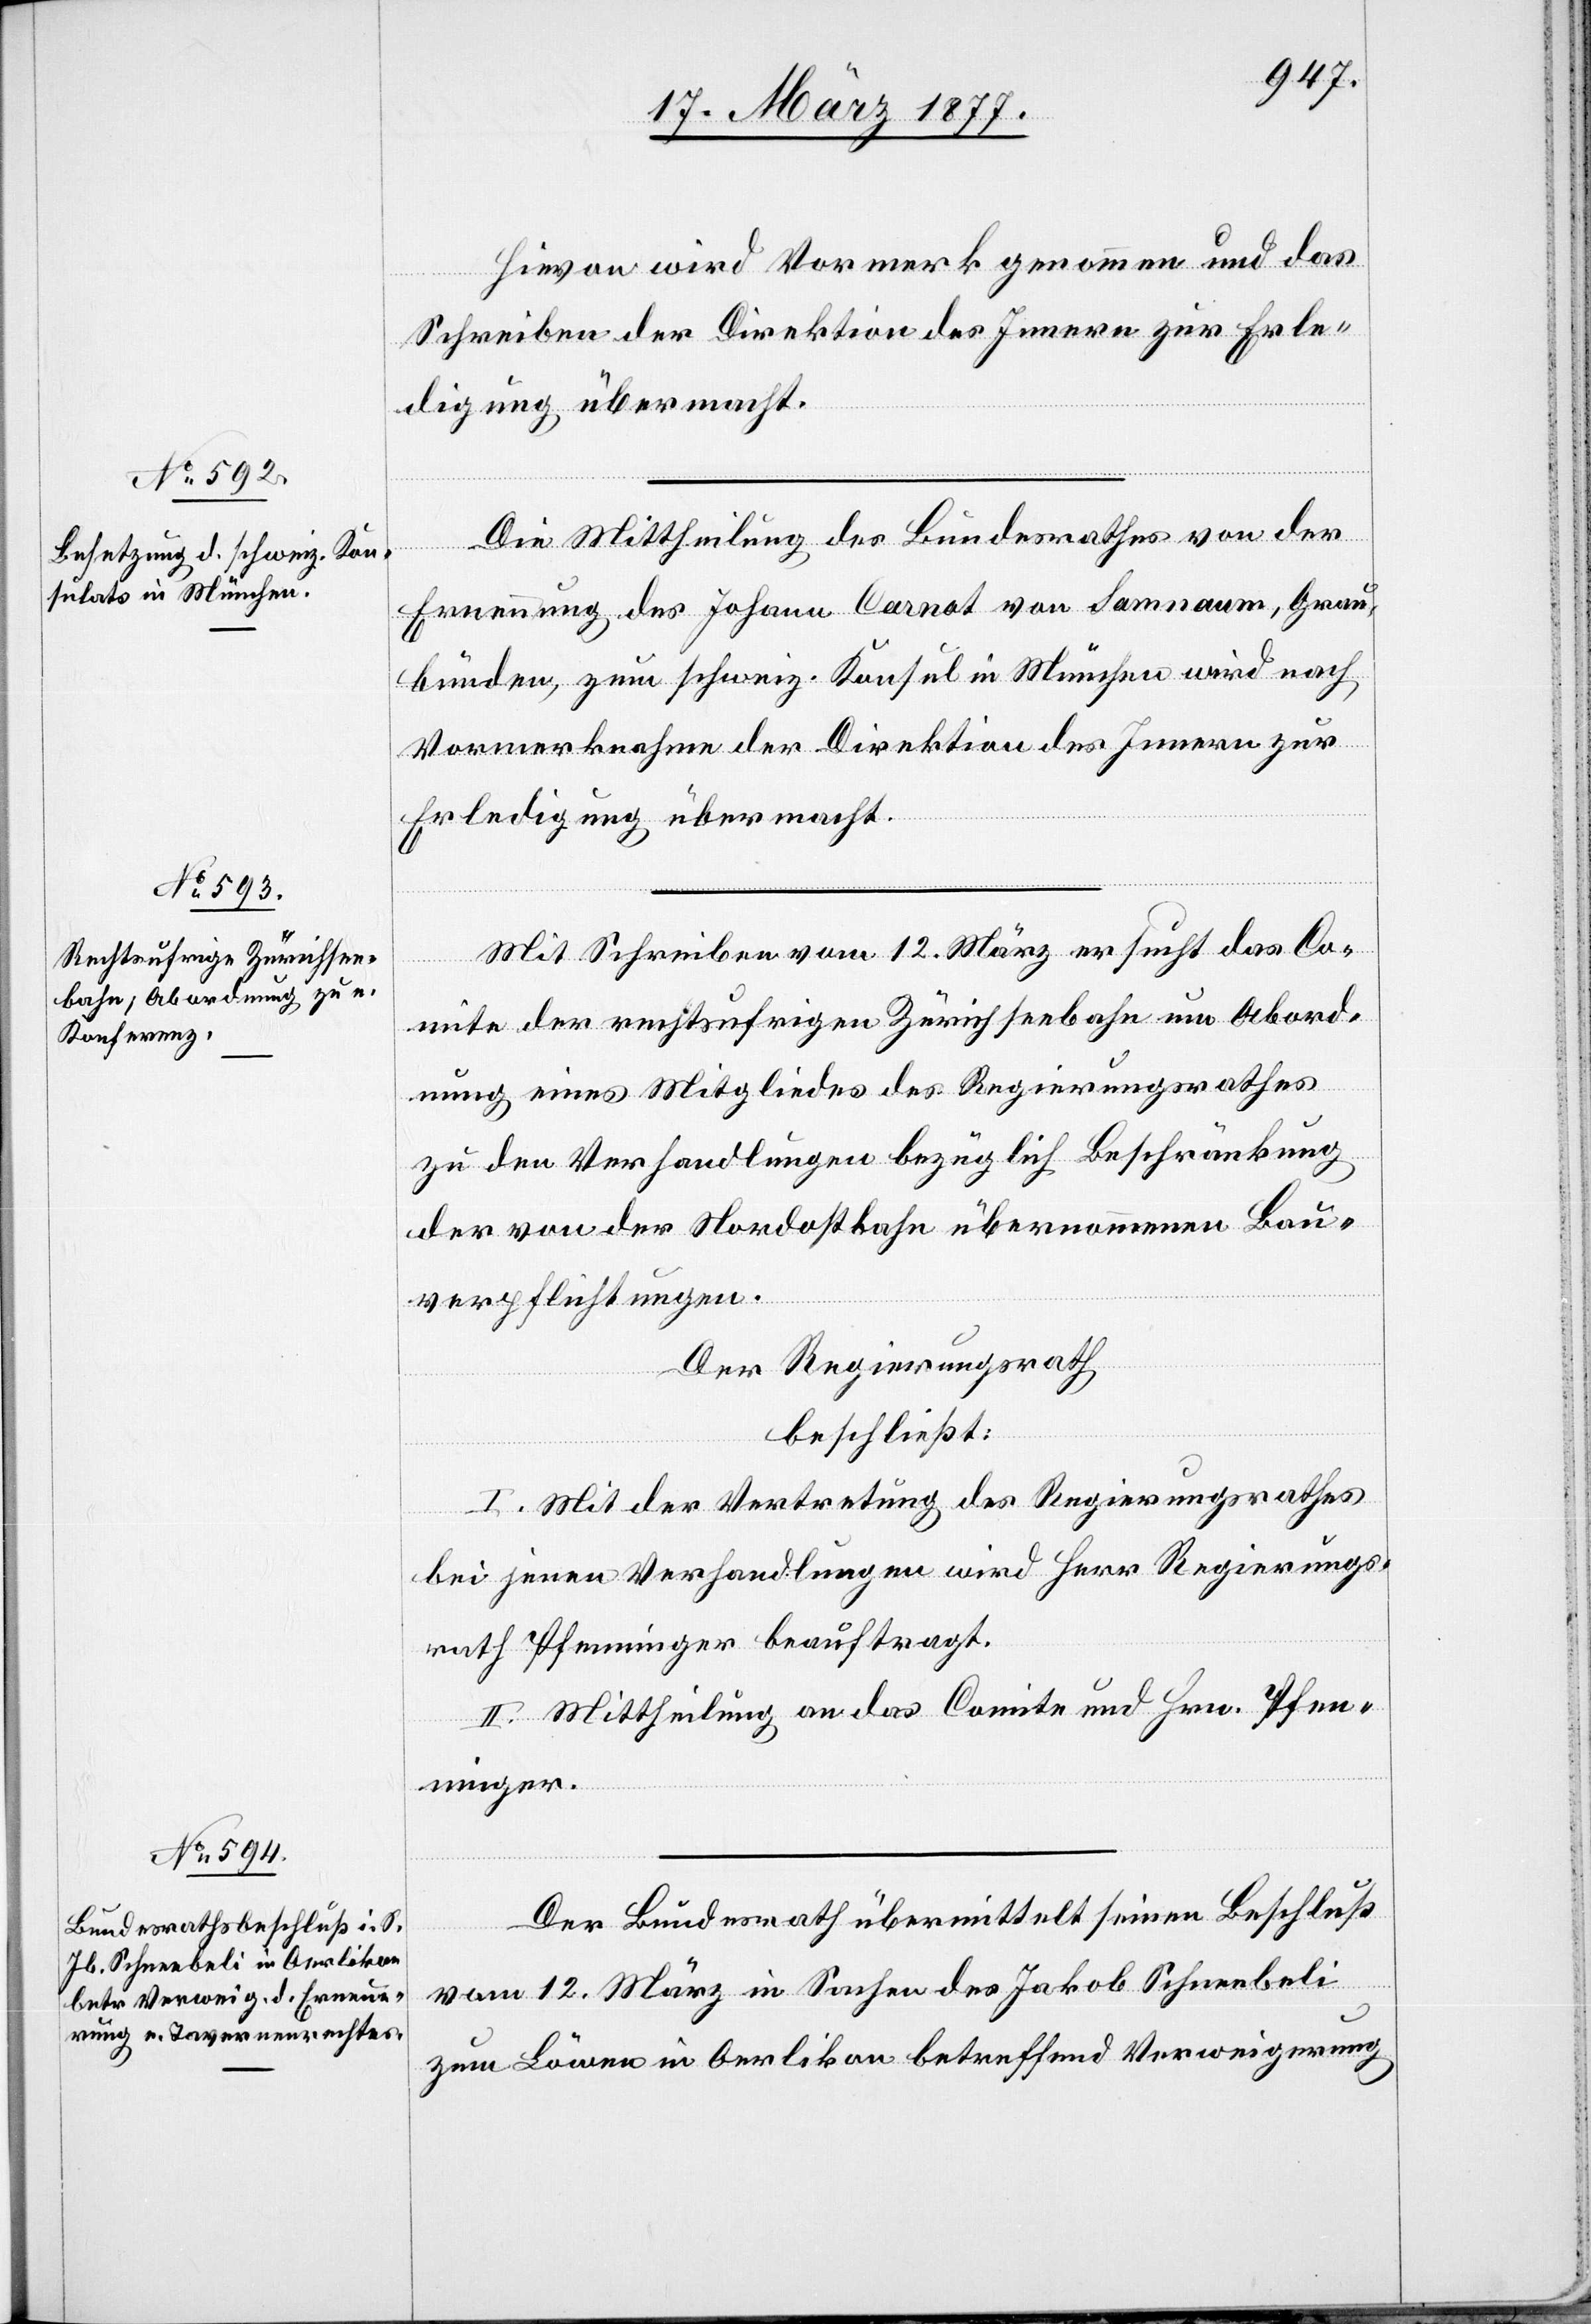
Hievon wird Vormerk genommen und das
Schreiben der Direktion des Innern zur Erle¬
digung übermacht.
Die Mittheilung des Bundesrathes von der
Ernennung des Johann Carnot von Samnaum [sic!], Grau¬
bünden, zum schweiz. Konsul in München wird nach
Vormerknahme der Direktion des Innern zur
Erledigung übermacht.
Mit Schreiben vom 12. März ersucht das Co¬
mite der rechtsufrigen Zürichseebahn um Abord¬
nung eines Mitgliedes des Regierungsrathes
zu den Verhandlungen bezüglich Beschränkung
der von der Nordostbahn übernommenen Bau¬
verpflichtungen.
Der Regierungsrath,
beschließt:
I. Mit der Vertretung des Regierungsrathes
bei jenen Verhandlungen wird Herr Regierungs¬
rath Pfenninger beauftragt.
II. Mittheilung an das Comite und Hrn. Pfen¬
ninger.
Der Bundesrath übermittelt seinen Beschluß
vom 12. März in Sachen des Jakob Schneebeli
zum Löwen in Oerlikon betreffend Verweigerung